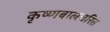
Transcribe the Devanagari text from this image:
कृष्णबालचरित